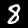
Label: 8